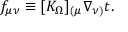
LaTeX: f _ { \mu \nu } \equiv [ K _ { \Omega } ] _ { ( \mu } \nabla _ { \nu ) } t .